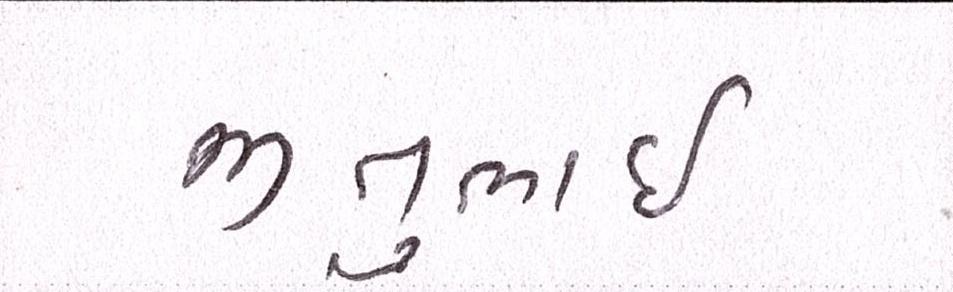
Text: જીતુભાઈ